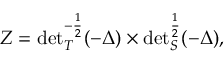
Z = { \operatorname * { d e t } } _ { T } ^ { - \frac 1 2 } ( - \Delta ) \times { \operatorname * { d e t } } _ { S } ^ { \frac 1 2 } ( - \Delta ) ,